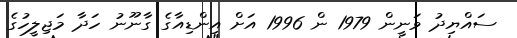
ސައްޔިދު ވަނީން 1979 ން 1996 އަށް އިންޑިއާގެ ގާނޫނު ހަދާ މަޖިލީހުގެ